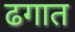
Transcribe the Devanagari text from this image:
ढगात